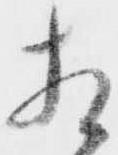
相